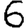
Digit: 6